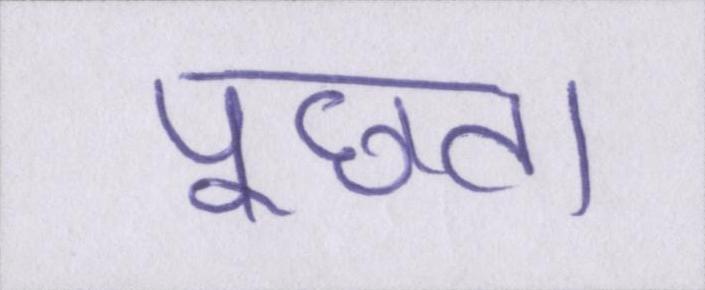
पूछता